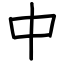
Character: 中